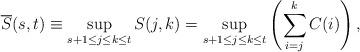
LaTeX: \begin{align*}\overline{S}(s,t) \equiv \sup_{{s+1}\le{j}\le{k}\le{t}}S(j,k) = \sup_{{s+1}\le{j}\le{k}\le{t}}\left(\sum\limits_{i=j}\limits^{k}{C(i)}\right),\end{align*}